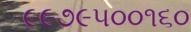
૯૯૭૯૫૦૦૧૬૦